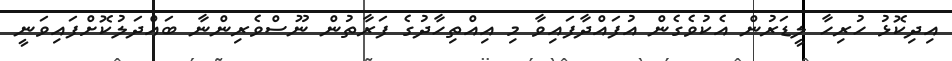
އިދިކޮޅު ހުރިހާ ލީޑަރުން އެކުވެގެން އުފައްދާފައިވާ މި އިއްތިހާދުގެ ފަރާތުން ނޫސްވެރިންނާ ބައްދަލުކޮށްފައިވަނީ